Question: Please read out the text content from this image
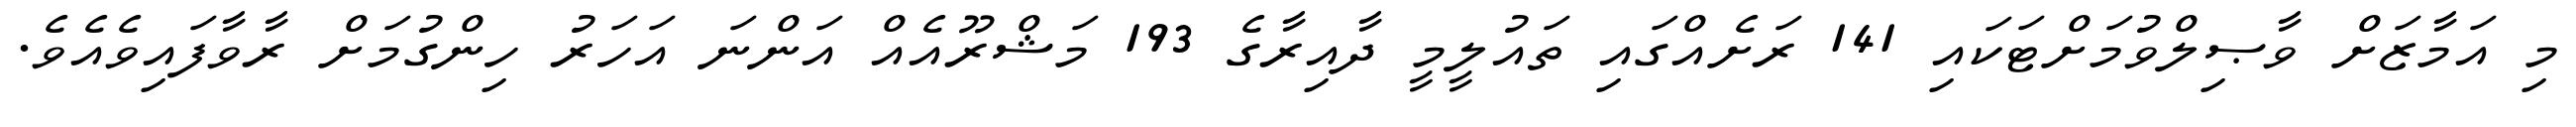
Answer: މި އަމާޒަށް ވާޞިލްވުމަށްޓަކައި 141 ރަށެއްގައި ތައުލީމީ ދާއިރާގެ 193 މަޝްރޫއެއް އަންނަ އަހަރު ހިންގުމަށް ރާވާފައިވެއެވެ.